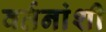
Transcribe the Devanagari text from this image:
वर्तनांशी